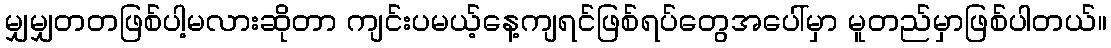
မျှမျှတတဖြစ်ပါ့မလားဆိုတာ ကျင်းပမယ့်နေ့ကျရင်ဖြစ်ရပ်တွေအပေါ်မှာ မူတည်မှာဖြစ်ပါတယ်။